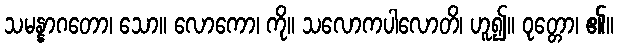
သမန္နာဂတော၊ သော။ လောကော၊ ကို။ သလောကပါလောတိ၊ ဟူ၍။ ဝုတ္တော၊ ၏။